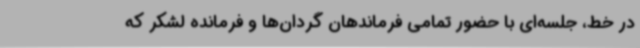
در خط، جلسه‌ای با حضور تمامی فرماندهان گردان‌ها و فرمانده لشکر که